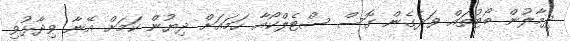
ދިމާލުން ބޯޓުތައް ވަދެގެން ގޮސް ސްޓެލްކޯއާ ހަމައަށް ދިޔުން ކަމަށް އޭނާ ވިދާޅުވި